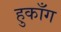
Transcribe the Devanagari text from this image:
हुकाँग